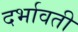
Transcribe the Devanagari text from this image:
दर्भावती